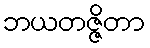
ဘယတဇ္ဇိတာ